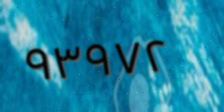
٩٣٩٧٢